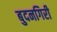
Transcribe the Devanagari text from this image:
बुदनगिरी